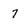
Character: 7